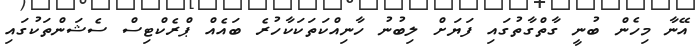
އޭނާ މިހެން ބުނީ ގާތްގާތުގައި ފަޔަށް ލިބުނު ހާނިއްކަތަކަކާހުރެ ބައެެއް ޕްރެކްޓިސް ސެޝަންތަކުގައި